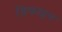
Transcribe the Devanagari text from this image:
डिफाइन